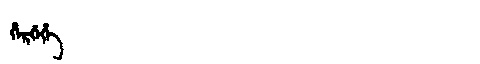
Manchu: ᡥᡝᡵᡤᡝᡥᡝ
Romanization: HERGEHE